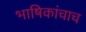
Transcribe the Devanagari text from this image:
भाषिकांचाच